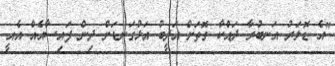
"އެ ޑޮލަރު އަނބުރާ ދައްކާ ގޮތަށް އަދީބު އަޅުގަނޑަށް ދިން ފައިސާއެއް އެއީ